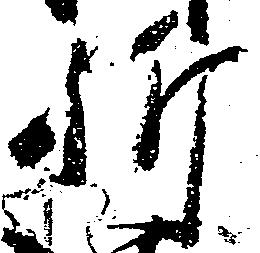
祈